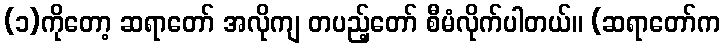
(၁)ကိုတော့ ဆရာတော် အလိုကျ တပည့်တော် စီမံလိုက်ပါတယ်။ (ဆရာတော်က